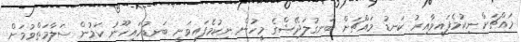
މައްޗަށް ނިކުމެފައިވާއިރު ކަނޑު މައްޗަށް ބަނގުލަދޭޝްގެ މީހުން ނިކުމެފައިވަނީ ބަނޑުހައިހޫނު ކަމުން ސަލާމަތްވުމަށް